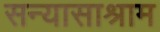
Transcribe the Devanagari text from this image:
सन्यासाश्राम